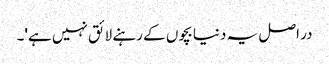
در اصل یہ دنیا بچوں کے رہنے لائق نہیں ہے'۔